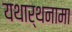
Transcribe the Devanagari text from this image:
यथार्थनामा